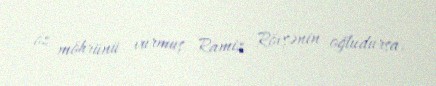
öz möhrünü vurmuş Ramiz Rövşənin oğludursa.